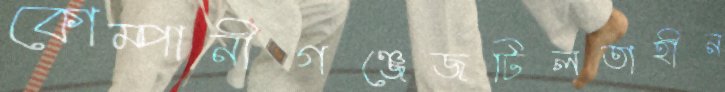
কোম্পানীগঞ্জেজটিলতাহীন